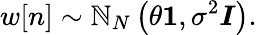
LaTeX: w[n]\sim\mathbb{N}_{N}\left(\theta{\boldsymbol{1}},\sigma^{2}{\boldsymbol{I}}\right).